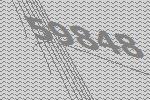
59848